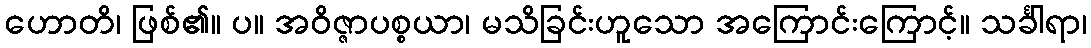
ဟောတိ၊ ဖြစ်၏။ ပ။ အဝိဇ္ဇာပစ္စယာ၊ မသိခြင်းဟူသော အကြောင်းကြောင့်။ သင်္ခါရာ၊